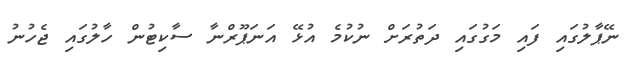
ނޭޕާލުގައި ފައި މަގުގައި ދަތުރަށް ނުކުމެ އުޅޭ އަނަޕޫރްނާ ސާކިޓުން ހާލުގައި ޖެހުނު